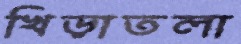
খিড়াতলা